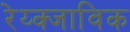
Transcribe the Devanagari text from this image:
रेय्क्जाविक